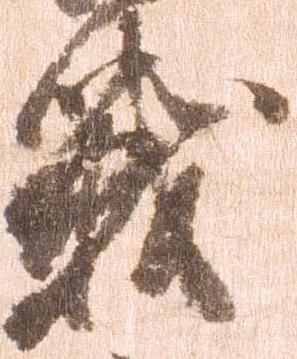
戦